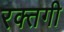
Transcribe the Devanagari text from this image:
रक्तगी